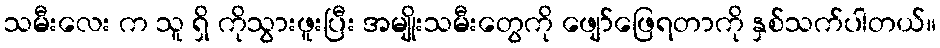
သမီးလေး က သူ ရှိ ကိုသွားဖူးပြီး အမျိုးသမီးတွေကို ဖျော်ဖြေရတာကို နှစ်သက်ပါတယ်။